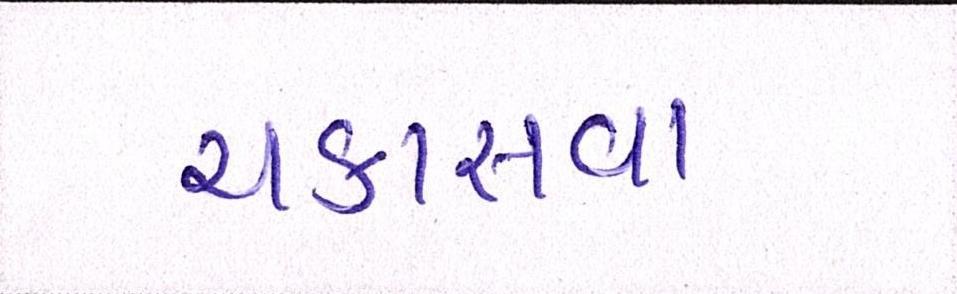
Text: ચકાસવા